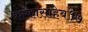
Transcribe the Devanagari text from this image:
काकासाहेब१७